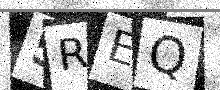
Text: 5REQ